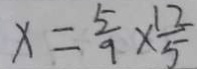
x = \frac { 5 } { 9 } \times \frac { 1 2 } { 5 }